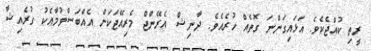
ރީތި ކުއްޖެކެވެ. އަޅައިގަންނަ ގޮތެއް ހުރެއެވެ. ދާނިޝް އެރޭންޖް މެރިއޭޖަކަށް އެއްބަސްވުމާއެކު ގުރެއިޝާ